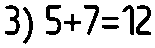
3) 5+7=12